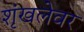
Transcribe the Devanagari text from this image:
शृंखलेवर